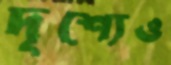
দৃশ্যেও